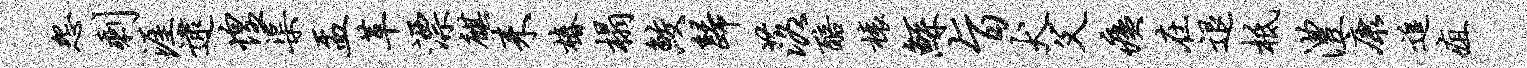
怨剩涯逮惶渠盂革漂麒耒椿榻鲛归落醅榱鲧旨犬父痍在退柢澧康追疽